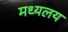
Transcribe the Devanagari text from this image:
मध्‍यलय